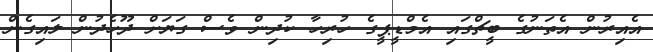
އެއިރުން އެތަނުގެ ބީޗްގައި އެމްޑީޕީގެ ހުރިހާ ކުދިން ވެސް ގަޔަށް ދޫހެދުން ލައިގެން